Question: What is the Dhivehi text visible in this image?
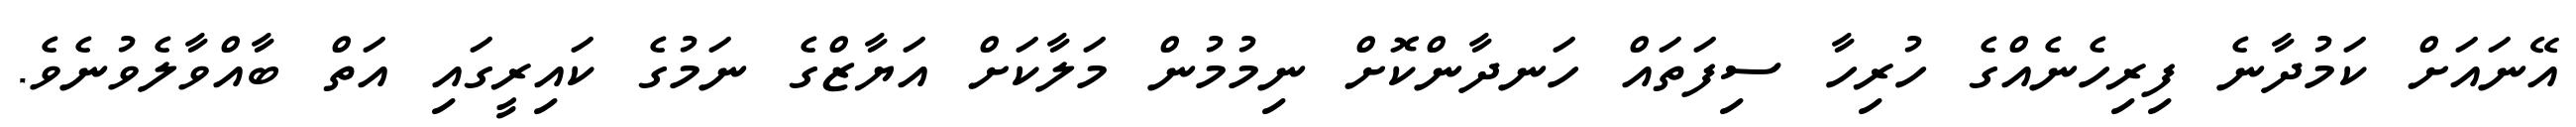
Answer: އޭނައަށް ކަމުދާނެ ފިރިހެނެއްގެ ހުރިހާ ސިފަތައް ހަނދާންކޮށް ނިމުމުން މަލާކަށް އަޔާޒްގެ ނަމުގެ ކައިރީގައި އަތް ބާއްވާލެވުނެވެ.